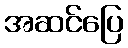
အဆင်ပြေ